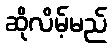
ဆိုလိမ့်မည်